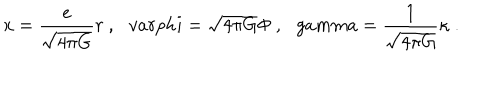
x = \frac { e } { \sqrt { 4 \pi G } } r \ , \ \ \, v a r p h i = \sqrt { 4 \pi G } \Phi \ , \ \ \, g a m m a = \frac { 1 } { \sqrt { 4 \pi G } } \kappa \ .